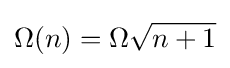
\Omega (n)=\Omega {\sqrt {n+1}}